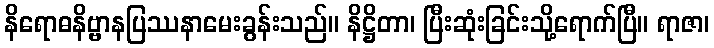
နိရောဓနိဗ္ဗာနပြဿနာမေးခွန်းသည်။ နိဋ္ဌိတာ၊ ပြီးဆုံးခြင်းသို့ရောက်ပြီ။ ရာဇာ၊